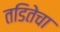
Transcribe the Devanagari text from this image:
तडितेचा